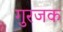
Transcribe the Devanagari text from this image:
गुरजक